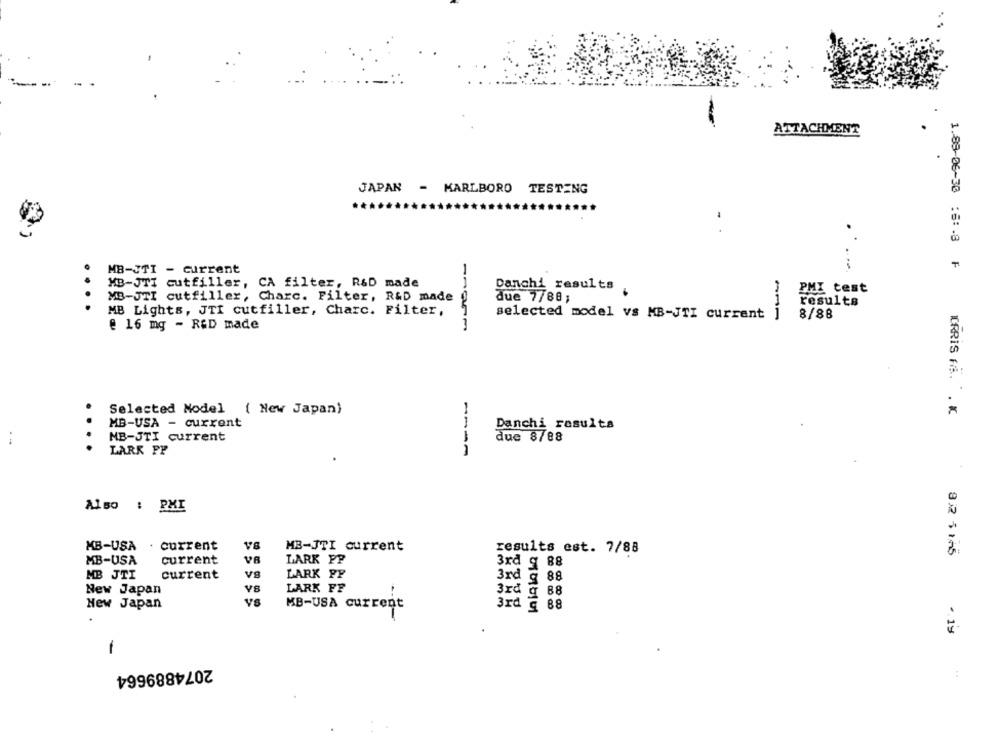
ATTACHMENT
JAPAN - MARLBORO TESTING
1.89-06-30 :6 :. 8 F
MB-JTI - current
MB-JTI cutfiller, CA filter, R&D made
Danchi results .
PMI test
MB-JTI cutfiller, Charc. Filter, R&D made
due 7/88;
1
....
results
MB Lights, JTI cutfiller, Charc. Filter,
selected model vs MB-JTI current
1
8/88
@ 16 mg - RED made
Selected Model ( New Japan)
MB-USA - current
Danchi results
MB-JTI current
duc 8/88
LARK FP
Also : PMI
MB-USA
. current
V8
MB-JTI current
results est. 7/88
MB-USA
current
VB
LARK PP
3rd g 88
MB JTI
current
V8
LARK PP
3rd g 88
New Japan
LARK FF
3rd q 88
VE
New Japan
MB-USA current
3rd @ 88
. is
-
2074889664
: